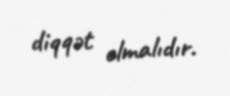
diqqət olmalıdır.